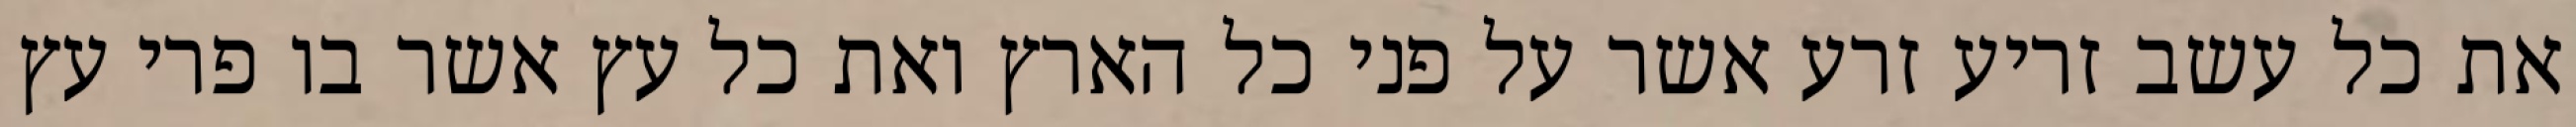
את כל עשב זריע זרע אשר על פני כל הארץ ואת כל עץ אשר בו פרי עץ